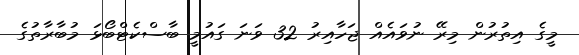
މީގެ އިތުރުން މިރޭ ނުވައެއް ޖަހާއިރު 32 ވަނަ ގައުމީ ބާސްކެޓްބޯޅަ މުބާރާތުގެ